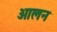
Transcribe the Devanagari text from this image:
ओलन